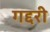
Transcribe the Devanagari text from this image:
गद्दरी